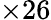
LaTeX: \times 26